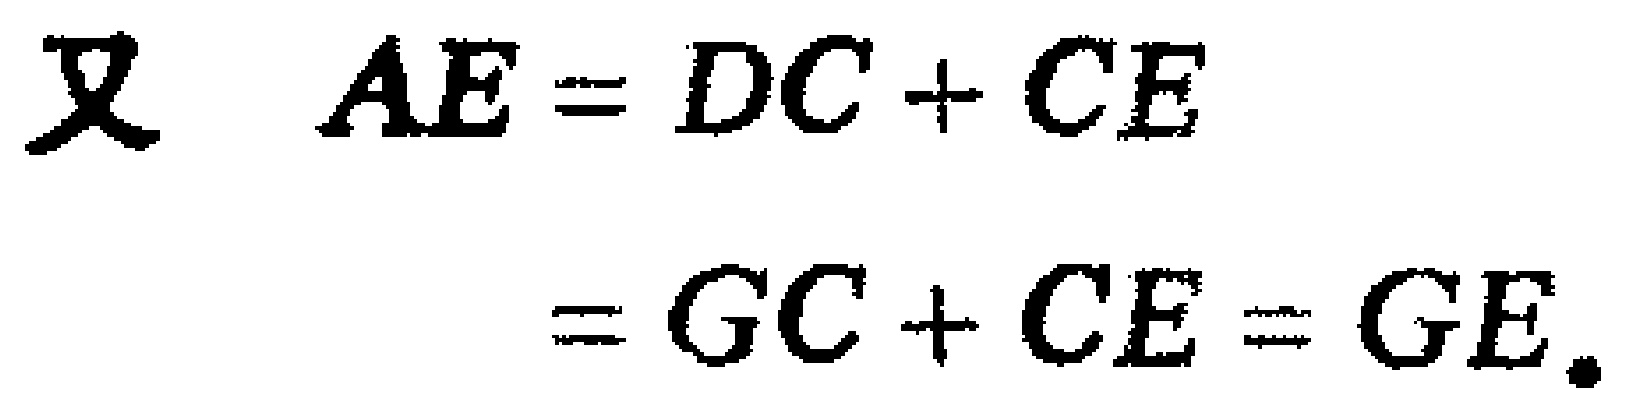
\[

\begin{align*}

\text{又}\quad AE&=DC + CE\\

&=GC + CE = GE.

\end{align*}

\]